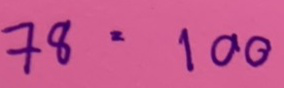
78 = 100